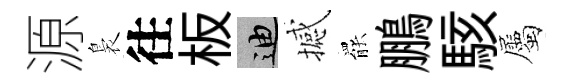
源裊往板迪撼罷鵬駭屬